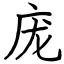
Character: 庞